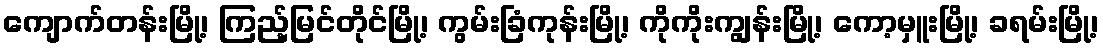
ကျောက်တန်းမြို့၊ ကြည့်မြင်တိုင်မြို့၊ ကွမ်းခြံကုန်းမြို့၊ ကိုကိုးကျွန်းမြို့၊ ကော့မှူးမြို့၊ ခရမ်းမြို့၊